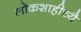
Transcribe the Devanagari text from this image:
लोकशाहीच्यै